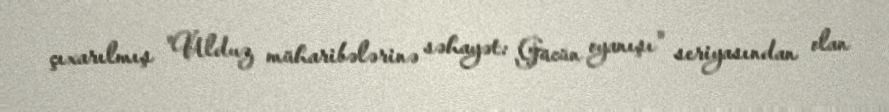
çıxarılmış "Ulduz müharibələrinə səhayət: Gücün oyanışı" seriyasından olan